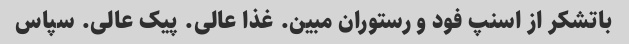
باتشکر از اسنپ فود و رستوران مبین. غذا عالی. پیک عالی. سپاس